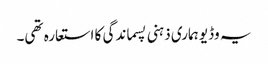
یہ وڈیو ہماری ذہنی پسماندگی کا استعارہ تھی۔